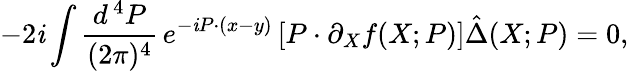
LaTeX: -2\mathit{i}\int\frac{{d^{\, 4}P}}{{(2\pi)^{4}}}\, e^{-\mathit{i}P\cdot(x-y)}\left[P\cdot\partial_{X}f(X;P)\right]\hat{{\Delta}}(X;P)=0,